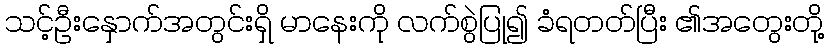
သင့်ဦးနှောက်အတွင်းရှိ မာနေးကို လက်စွဲပြု၍ ခံရတတ်ပြီး ၏အတွေးတို့